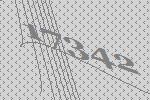
17342